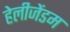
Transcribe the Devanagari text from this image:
हेलीजेंडम